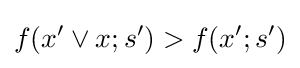
f(x'\vee x;s')>f(x';s')